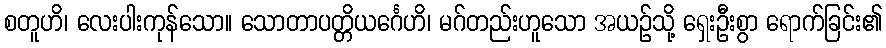
စတူဟိ၊ လေးပါးကုန်သော။ သောတာပတ္တိယင်္ဂေဟိ၊ မဂ်တည်းဟူသော အယဉ်သို့ ရှေးဦးစွာ ရောက်ခြင်း၏